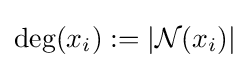
\deg(x_{i}):=|{\mathcal {N}}(x_{i})|